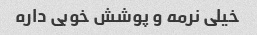
خیلی نرمه و پوشش خوبی داره